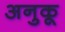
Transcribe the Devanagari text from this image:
अनुकू